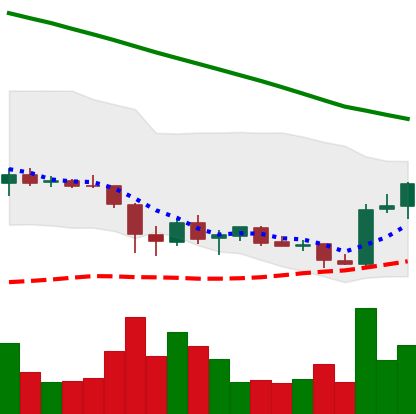
Ticker: ADA-USD
Chart end date: 2019-02-10
Forward return: -5.207%
Label: down_5_7